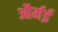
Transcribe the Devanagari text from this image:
और्मई